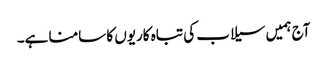
آج ہمیں سیلاب کی تباہ کاریوں کا سامنا ہے۔